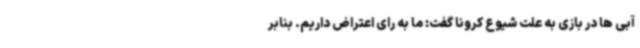
آبی ها در بازی به علت شیوع کرونا گفت: ما به رای اعتراض داریم. بنابر